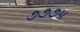
૭૭૭૫